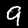
Label: 9